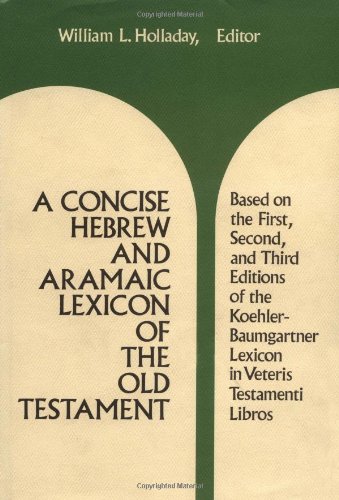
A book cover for A Concise Hebrew and Aramaic Lexicon of the Old Testament; William L. Holladay; Christian Books & Bibles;